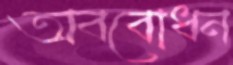
অববোধন